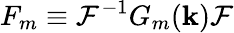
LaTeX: F_{m}\equiv\mathcal{F}^{-1}G_{m}(\mathbf{k})\mathcal{F}